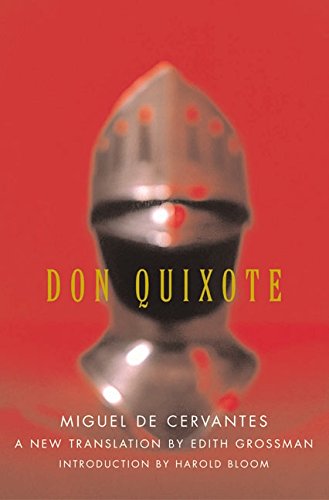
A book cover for Don Quixote; Miguel de Cervantes; Literature & Fiction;